Annual report of the Punjab Veterinary College and of the Civil Veterinary Department, Punjab - 1920-1925
Year: 1920
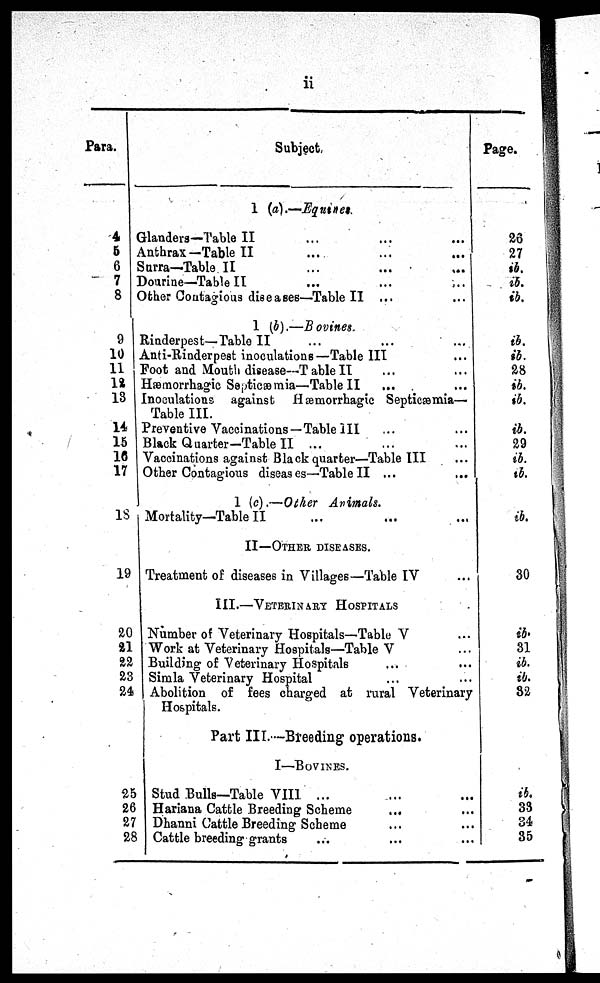
ii
Para.
4
5
6
7
8
9
10
11
12
13
14
15
16
17
18
19
20
21
22
23
24
25
26
27
28
Subject
1 (a).—Equines.
Glanders—Table II ... ... ...
Anthrax—Table II ... ... ...
Surra—Table II ... ... ...
Douri ne—Tabl e II ... ... ...
Other Contagious diseases—Table II ...
1 (b).—Bovines.
Rinderpest—Table II ... ... ...
Anti-Rinderpest inoculations—Table III ...
Foot and Mout h disease—Table II ... ...
Hæmorrhagic Septicæmia—Table II ... ...
Inoculations against Hæmorrhagic Sept i cæmi a—
Table III.
Preventive Vaccinations—Table III ... ...
Black Quarter-Table II ... ... ...
Vaccinations against Black quarter—Table III ... ...
Other Contagious diseases—Table II ...
...
1 (c). —Other Animals.
Mortality—Table II ... ... ...
II—OTHER DISEASES.
Treatment of diseases in Villages—Table IV ...
III.—VETERINARY HOSPITALS
Number of Veterinary Hospitals—Table V ...
Work at Veterinary Hospitals—Table V ...
Building of Veterinary Hospitals ... ...
Simla Veterinary Hospital ... ...
Abolition of fees charged at rural Veterinary
Hospitals.
Part III.—Breeding operations.
I —BOVI NES.
Stud Bulls—Table VIII ... ... ...
Hariana Cattle Breeding Scheme
... ...
Dhanni Cattle Breeding Scheme ... ...
Cattle breeding grants ... ... ...
Page.
26
27
ib.
ib.
ib.
ib.
ib.
28
ib.
ib.
ib.
29
ib.
ib.
ib.
30
ib.
31
ib.
ib.
32
ib.
33
34
35